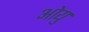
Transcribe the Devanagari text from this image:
ओयु